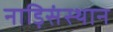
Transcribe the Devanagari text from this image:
नाड़िसंस्थान